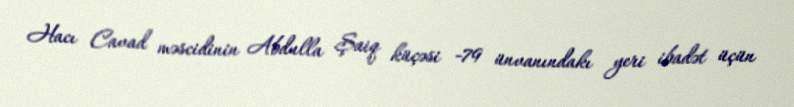
Hacı Cavad məscidinin Abdulla Şaiq küçəsi -79 ünvanındakı yeri ibadət üçün